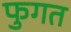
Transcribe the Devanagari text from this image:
फुगत